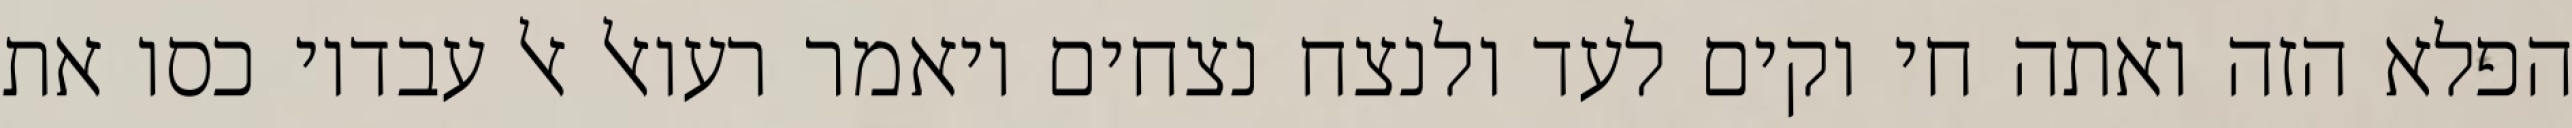
הפלא הזה ואתה חי וקים לעד ולנצח נצחים ויאמר רעואל אל עבדיו כסו את